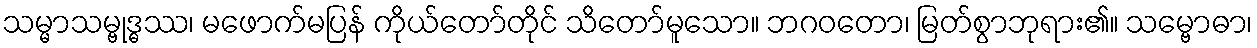
သမ္မာသမ္ဗုဒ္ဓဿ၊ မဖောက်မပြန် ကိုယ်တော်တိုင် သိတော်မူသော။ ဘဂဝတော၊ မြတ်စွာဘုရား၏။ သမ္ဗောဓာ၊